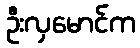
ဦးလှမောင်က